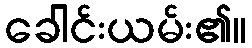
ခေါင်းယမ်း၏။